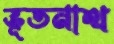
ভূতনাথ